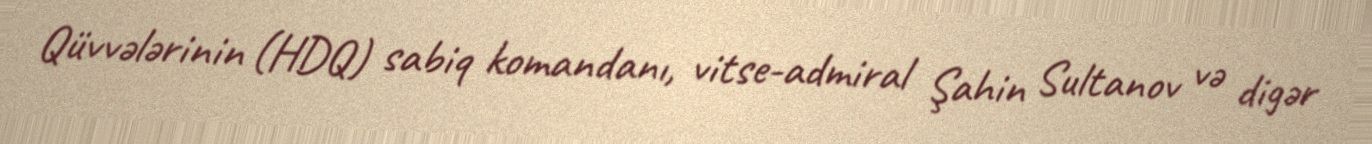
Qüvvələrinin (HDQ) sabiq komandanı, vitse-admiral Şahin Sultanov və digər